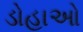
ડોહાઓ